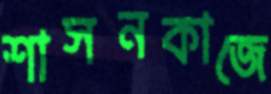
শাসনকাজে